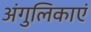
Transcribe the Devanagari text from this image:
अंगुलिकाएं